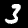
Digit: 3